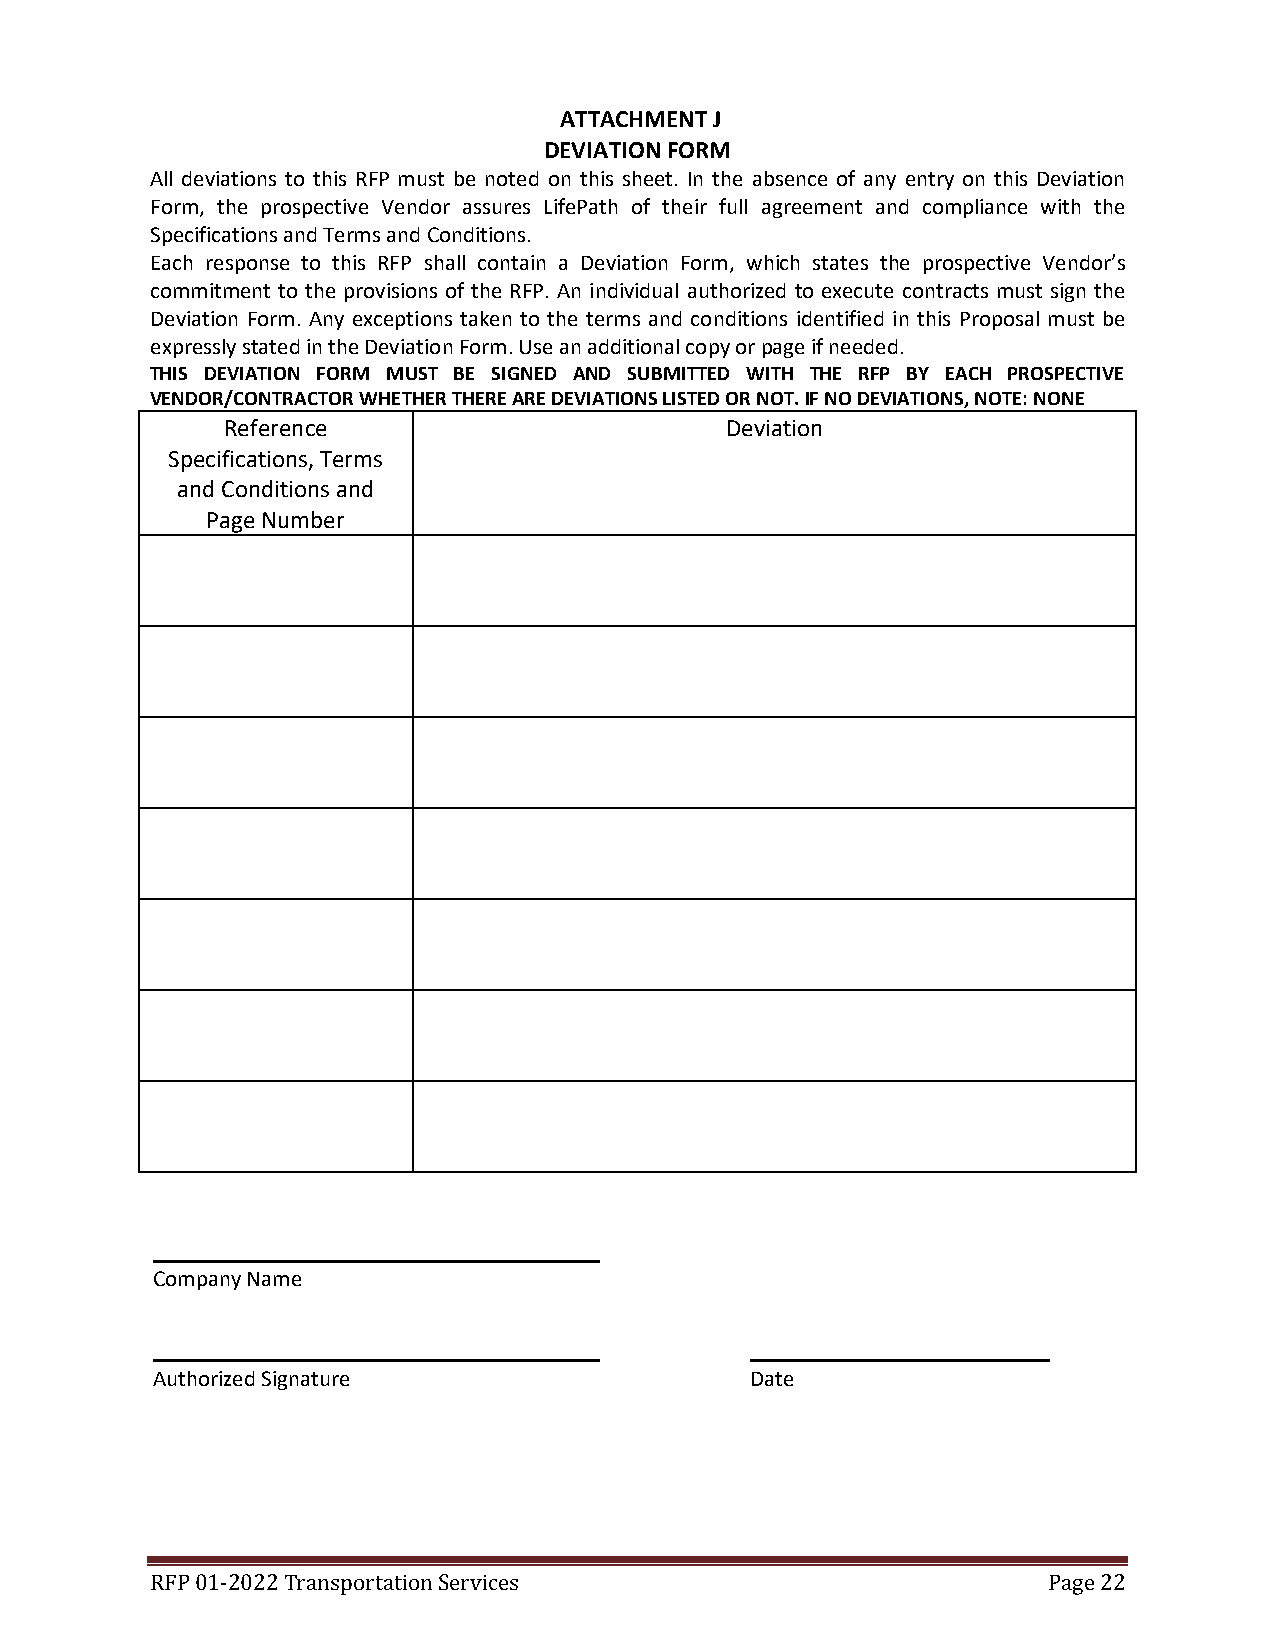
ATTACHMENT J
 DEVIATION FORM
 All deviations to this RFP must be noted on this sheet. In the absence of any entry on this Deviation
 Form, the prospective Vendor assures LifePath of their full agreement and compliance with the
 Specifications and Terms and Conditions.
 Each response to this RFP shall contain a Deviation Form, which states the prospective Vendor’s
 commitment to the provisions of the RFP. An individual authorized to execute contracts must sign the
 Deviation Form. Any exceptions taken to the terms and conditions identified in this Proposal must be
 expressly stated in the Deviation Form. Use an additional copy or page if needed.
 THIS DEVIATION FORM MUST BE SIGNED AND SUBMITTED WITH THE RFP BY EACH PROSPECTIVE
 VENDOR/CONTRACTOR WHETHER THERE ARE DEVIATIONS LISTED OR NOT. IF NO DEVIATIONS, NOTE: NONE
 Reference                        Deviation
 Specifications, Terms
 and Conditions and
 Page Number
 Company Name
 Authorized Signature                    Date
 RFP 01-2022 Transportation Services                        Page 22